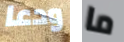
ودعا ما